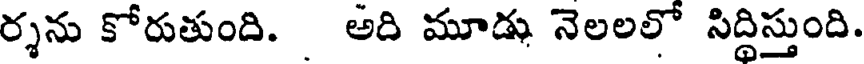
ర్శను కోరుతుంది. అది మూడు నెలలలో సిద్ధిస్తుంది.